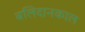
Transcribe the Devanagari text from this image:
बलिदानकाल